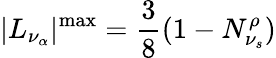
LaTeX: |L_{\nu_{\alpha}}|^{\mathrm{max}}={\frac{3}{8}}(1-N_{\nu_{s}}^{\rho})